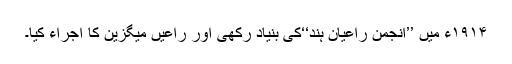
۱۹۱۴ء میں ’’انجمن راعیانِ ہند‘‘کی بنیاد رکھی اور راعیں میگزین کا اجراء کیا۔